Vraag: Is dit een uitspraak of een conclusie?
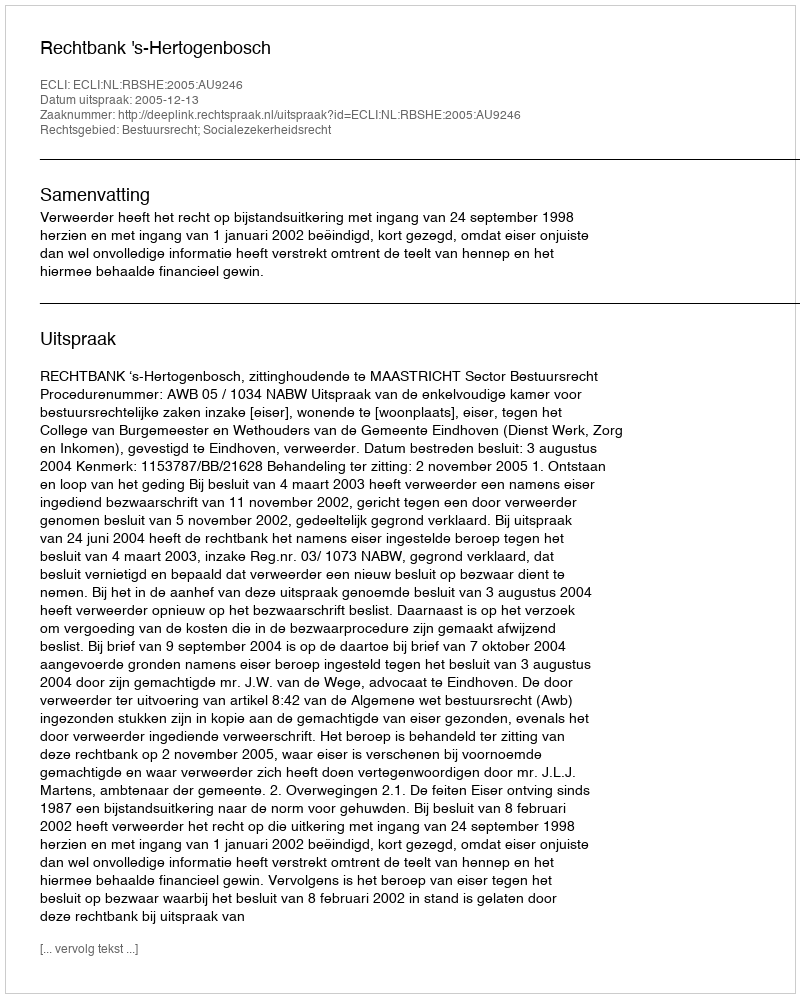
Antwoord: Uitspraak